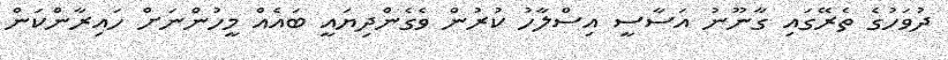
ދުވަހުގެ ތެރޭގައި ގާނޫނު އަސާސީ އިސްލާހު ކުރުން ވެގެންދިޔައީ ބައެއް މީހުންނަށް ހައިރާންކަން